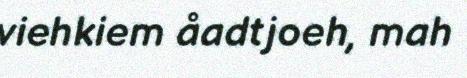
viehkiem åadtjoeh, mah